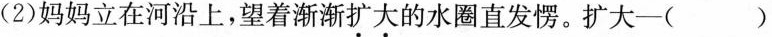
(2)妈妈立在河沿上，望着渐渐扩大的水圈直发愣。扩大-( )